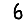
Digit: 6